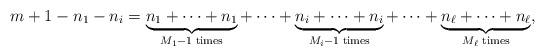
LaTeX: \begin{align*}m+1-n_{1}-n_{i}=\underbrace{n_{1}+\cdots+n_{1}}_{M_{1}-1\;\mathrm{times}}+\cdots+\underbrace{n_{i}+\cdots+n_{i}}_{M_{i}-1\;\mathrm{times}}+\cdots+\underbrace{n_{\ell}+\cdots+ n_{\ell}}_{M_{\ell}\;\mathrm{times}},\end{align*}